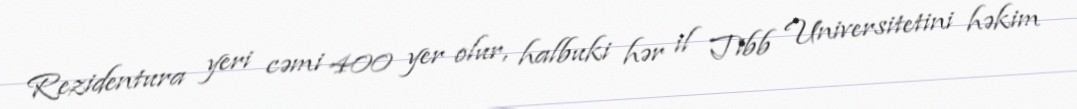
Rezidentura yeri cəmi 400 yer olur, halbuki hər il Tibb Universitetini həkim